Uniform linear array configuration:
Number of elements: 4
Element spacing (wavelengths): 0.75
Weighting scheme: uniform
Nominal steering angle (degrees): -45
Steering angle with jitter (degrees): -45.55
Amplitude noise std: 0.05
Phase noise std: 0.05

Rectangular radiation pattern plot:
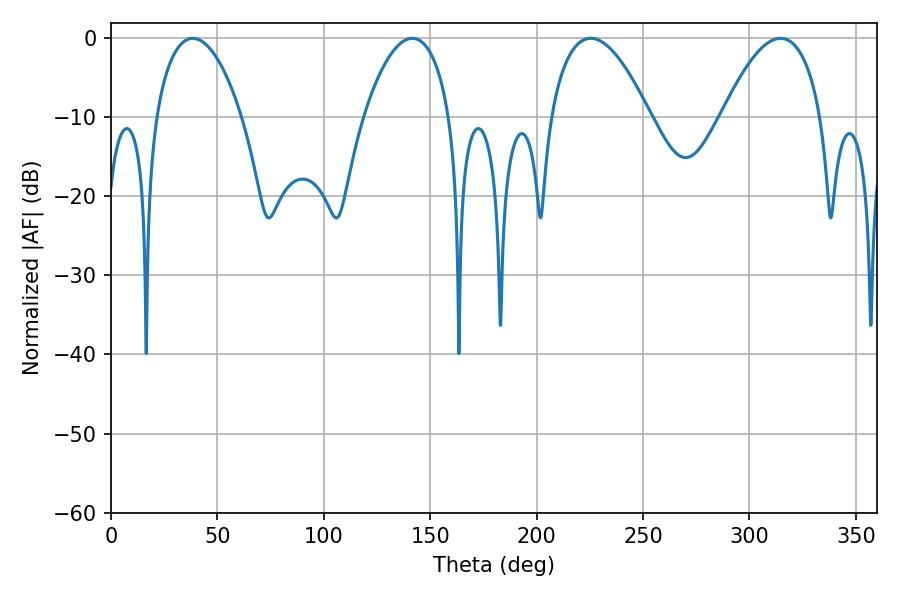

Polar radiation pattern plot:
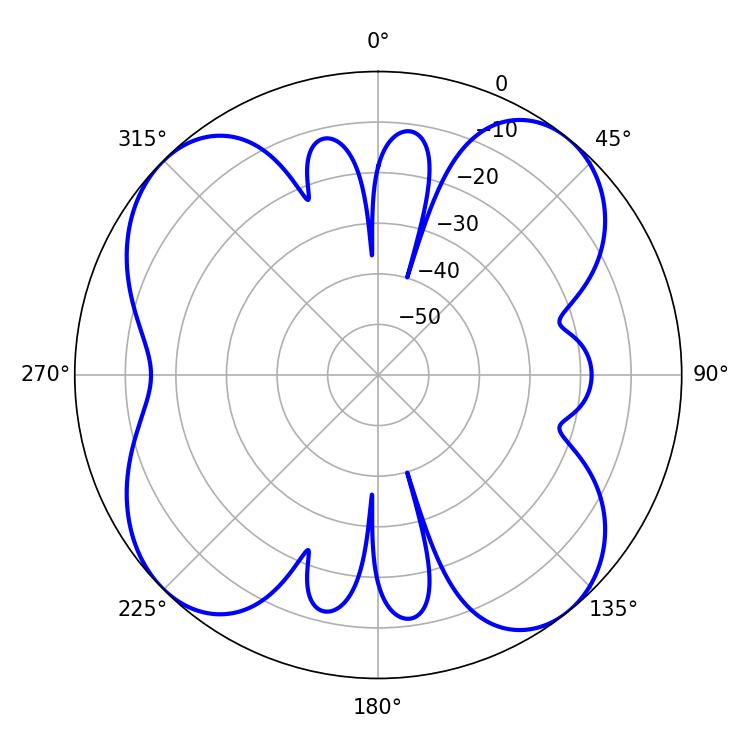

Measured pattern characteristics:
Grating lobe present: TRUE
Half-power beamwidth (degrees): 25.74
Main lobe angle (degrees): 225.36